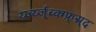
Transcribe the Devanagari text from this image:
र्य्ज्य्ज्ब्क्ग्फ्र्स्र्द